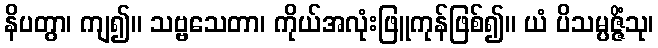
နိပတွာ၊ ကျ၍။ သဗ္ဗသေတာ၊ ကိုယ်အလုံးဖြူကုန်ဖြစ်၍။ ယံ ပိသမ္ပဇ္ဇိံသု၊